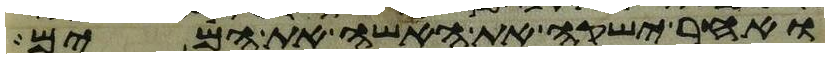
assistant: ואחר ישקה את האשה את המים